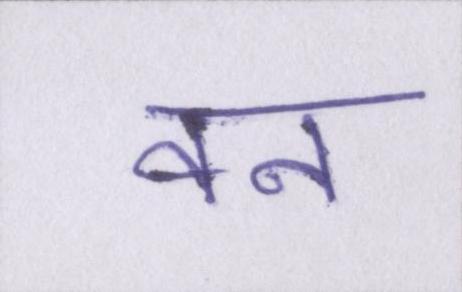
वन